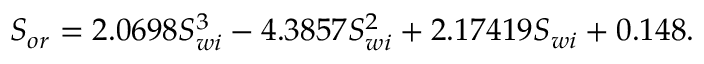
S _ { o r } = 2 . 0 6 9 8 S _ { w i } ^ { 3 } - 4 . 3 8 5 7 S _ { w i } ^ { 2 } + 2 . 1 7 4 1 9 S _ { w i } + 0 . 1 4 8 .